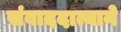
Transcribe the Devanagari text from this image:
संवाददात्याने